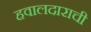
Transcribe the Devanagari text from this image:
हवालदाराची